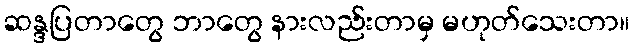
ဆန္ဒပြတာတွေ ဘာတွေ နားလည်းတာမှ မဟုတ်သေးတာ။